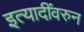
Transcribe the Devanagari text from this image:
इत्यादींवरुन